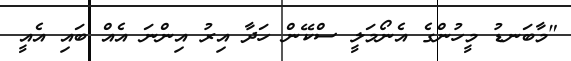
"މާބަނޑު މީހުންގެ އެނޯމަލީ ސްކޭން ހަދާ އިރު އިންނަ އެއް ބައި އެއީ